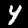
Label: 4